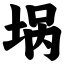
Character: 埚